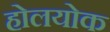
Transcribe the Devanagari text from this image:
होलयोक